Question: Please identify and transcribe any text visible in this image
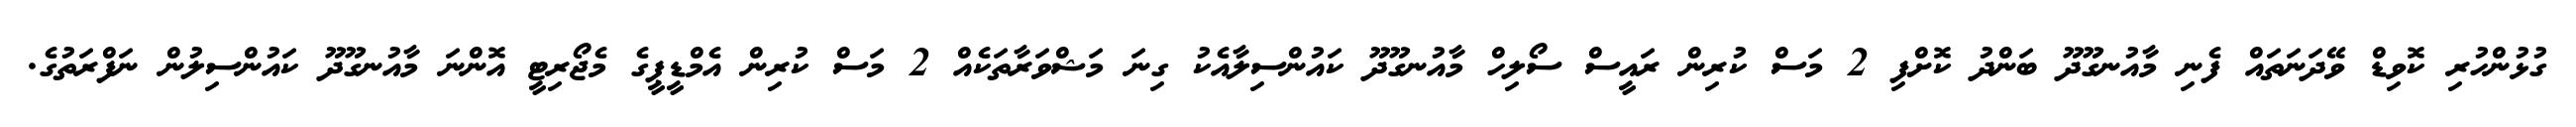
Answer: ގުޅުންހުރި ކޮވިޑް ވޭދަނަތައް ފެނި މާއުނގޫދޫ ބަންދު ކޮށްފި 2 މަސް ކުރިން ރައީސް ސޯލިހް މާއުނގޫދޫ ކައުންސިލާއެކު ގިނަ މަޝްވަރާތަކެއް 2 މަސް ކުރިން އެމްޑީޕީގެ މެޖޯރިޓީ އޮންނަ މާއުނގޫދޫ ކައުންސިލުން ނަފްރަތުގެ.